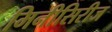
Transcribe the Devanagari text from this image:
मिनीसिरीज